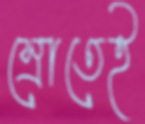
স্রোতেই